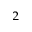
^ { 2 }